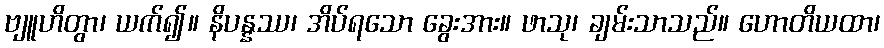
ဗျူဟိတွာ၊ ယက်၍။ နိပန္နဿ၊ အိပ်ရသော ခွေးအား။ ဖာသု၊ ချမ်းသာသည်။ ဟောတိယထာ၊